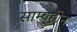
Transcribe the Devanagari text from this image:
साम्यहीन